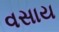
વસાય